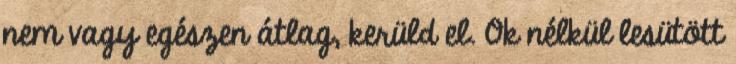
nem vagy egészen átlag, kerüld el. Ok nélkül lesütött